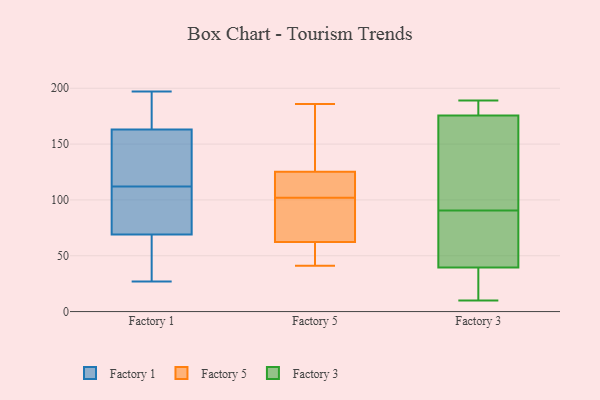
{"axis": {"x": "Tickets Resolved", "y": "Value"}, "legend": ["Factory 1", "Factory 3", "Factory 5"], "data": [{"x": "", "y": 150, "type": "Factory 1"}, {"x": "", "y": 69, "type": "Factory 1"}, {"x": "", "y": 123, "type": "Factory 1"}, {"x": "", "y": 196, "type": "Factory 1"}, {"x": "", "y": 124, "type": "Factory 1"}, {"x": "", "y": 69, "type": "Factory 1"}, {"x": "", "y": 78, "type": "Factory 1"}, {"x": "", "y": 163, "type": "Factory 1"}, {"x": "", "y": 183, "type": "Factory 1"}, {"x": "", "y": 27, "type": "Factory 1"}, {"x": "", "y": 143, "type": "Factory 1"}, {"x": "", "y": 59, "type": "Factory 1"}, {"x": "", "y": 197, "type": "Factory 1"}, {"x": "", "y": 101, "type": "Factory 1"}, {"x": "", "y": 79, "type": "Factory 1"}, {"x": "", "y": 195, "type": "Factory 1"}, {"x": "", "y": 66, "type": "Factory 1"}, {"x": "", "y": 83, "type": "Factory 1"}, {"x": "", "y": 41, "type": "Factory 5"}, {"x": "", "y": 67, "type": "Factory 5"}, {"x": "", "y": 59, "type": "Factory 5"}, {"x": "", "y": 66, "type": "Factory 5"}, {"x": "", "y": 61, "type": "Factory 5"}, {"x": "", "y": 117, "type": "Factory 5"}, {"x": "", "y": 127, "type": "Factory 5"}, {"x": "", "y": 186, "type": "Factory 5"}, {"x": "", "y": 102, "type": "Factory 5"}, {"x": "", "y": 166, "type": "Factory 5"}, {"x": "", "y": 120, "type": "Factory 5"}, {"x": "", "y": 38, "type": "Factory 3"}, {"x": "", "y": 15, "type": "Factory 3"}, {"x": "", "y": 94, "type": "Factory 3"}, {"x": "", "y": 189, "type": "Factory 3"}, {"x": "", "y": 80, "type": "Factory 3"}, {"x": "", "y": 81, "type": "Factory 3"}, {"x": "", "y": 172, "type": "Factory 3"}, {"x": "", "y": 179, "type": "Factory 3"}, {"x": "", "y": 29, "type": "Factory 3"}, {"x": "", "y": 183, "type": "Factory 3"}, {"x": "", "y": 130, "type": "Factory 3"}, {"x": "", "y": 34, "type": "Factory 3"}, {"x": "", "y": 132, "type": "Factory 3"}, {"x": "", "y": 154, "type": "Factory 3"}, {"x": "", "y": 10, "type": "Factory 3"}, {"x": "", "y": 41, "type": "Factory 3"}, {"x": "", "y": 183, "type": "Factory 3"}, {"x": "", "y": 180, "type": "Factory 3"}, {"x": "", "y": 49, "type": "Factory 3"}, {"x": "", "y": 87, "type": "Factory 3"}]}